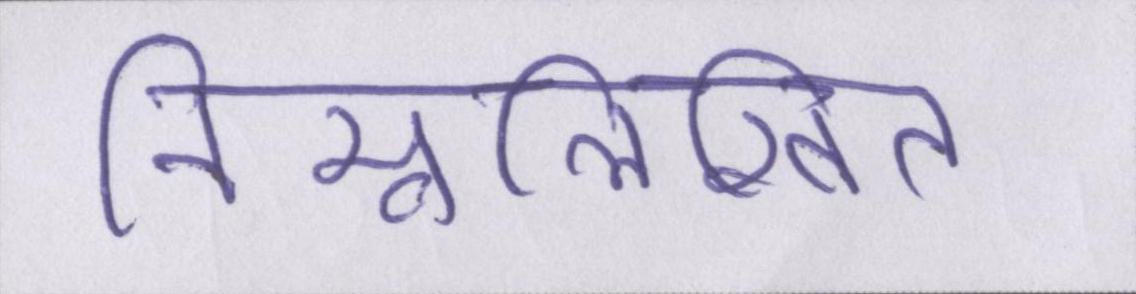
निम्नलिखित